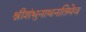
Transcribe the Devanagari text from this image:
श्रीशंभुनाथनतिमेव